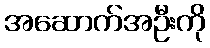
အဆောက်အဦးကို